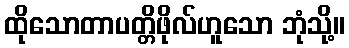
ထိုသောတာပတ္တိဖိုလ်ဟူသော ဘုံသို့။